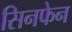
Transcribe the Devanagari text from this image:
सिनफेन